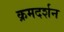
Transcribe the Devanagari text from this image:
क्रमदर्शन